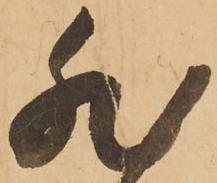
然